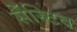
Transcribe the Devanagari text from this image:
सेंस्टिव